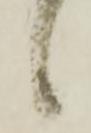
候